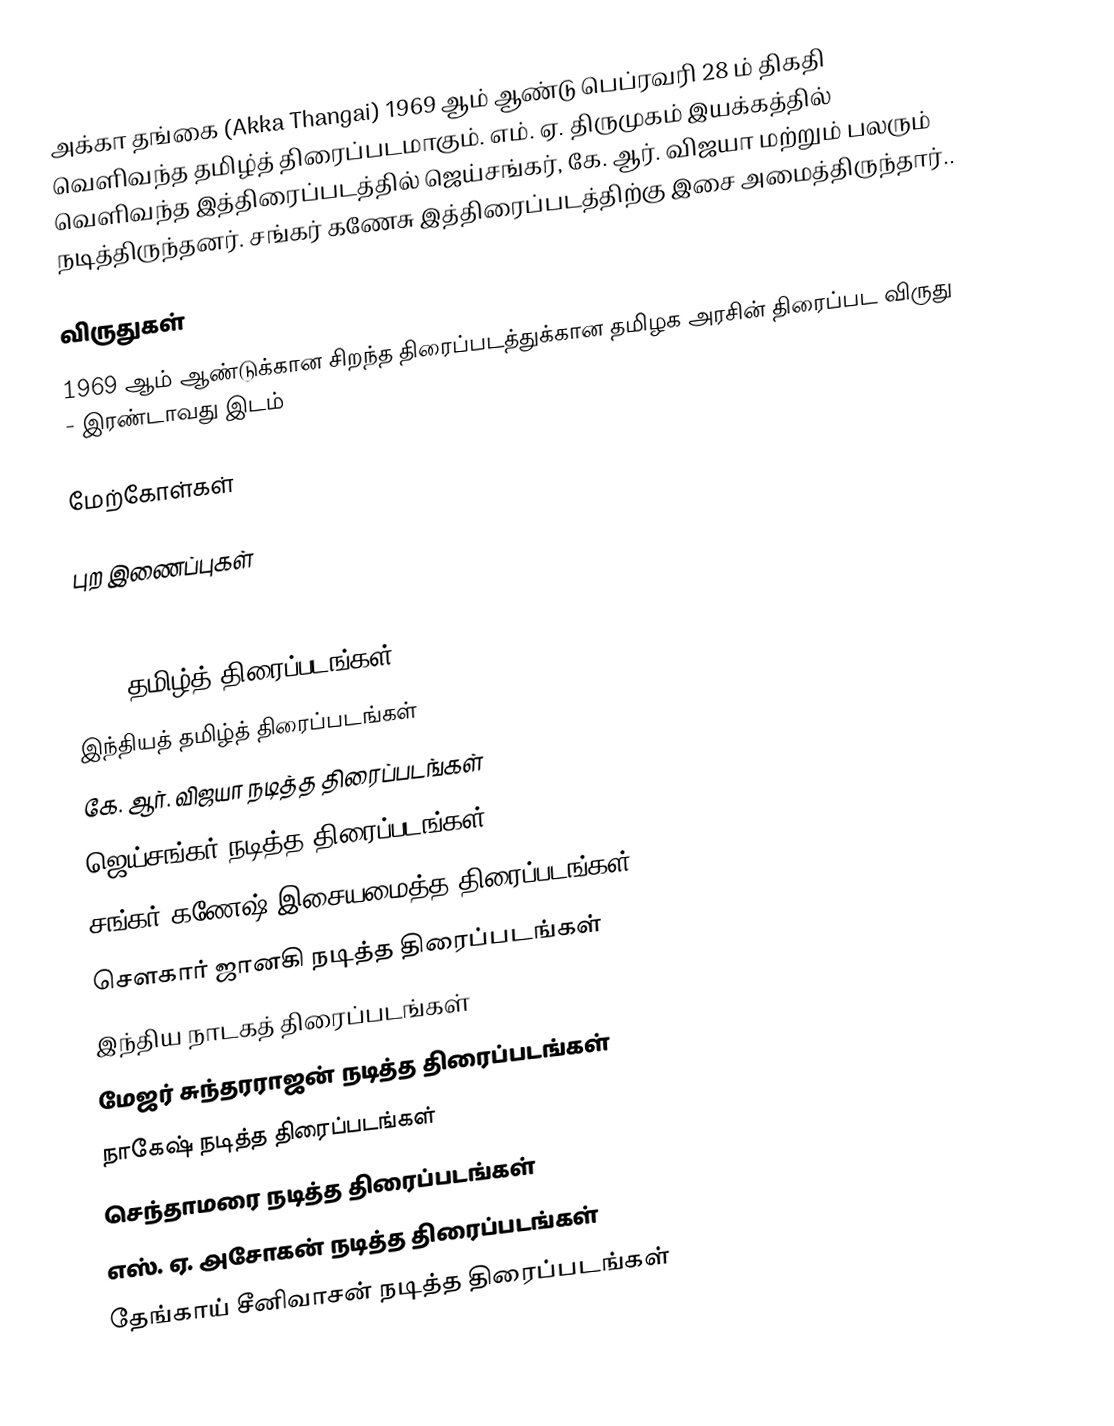
அக்கா தங்கை (Akka Thangai) 1969 ஆம் ஆண்டு பெப்ரவரி 28 ம் திகதி வெளிவந்த தமிழ்த் திரைப்படமாகும். எம். ஏ. திருமுகம் இயக்கத்தில் வெளிவந்த இத்திரைப்படத்தில் ஜெய்சங்கர், கே. ஆர். விஜயா மற்றும் பலரும் நடித்திருந்தனர். சங்கர் கணேசு இத்திரைப்படத்திற்கு இசை அமைத்திருந்தார்..

விருதுகள்
 1969 ஆம் ஆண்டுக்கான சிறந்த திரைப்படத்துக்கான தமிழக அரசின் திரைப்பட விருது  - இரண்டாவது இடம்

மேற்கோள்கள்

புற இணைப்புகள்

1969 தமிழ்த் திரைப்படங்கள்
இந்தியத் தமிழ்த் திரைப்படங்கள்
கே. ஆர். விஜயா நடித்த திரைப்படங்கள்
ஜெய்சங்கர் நடித்த திரைப்படங்கள்
சங்கர் கணேஷ் இசையமைத்த திரைப்படங்கள்
சௌகார் ஜானகி நடித்த திரைப்படங்கள்
இந்திய நாடகத் திரைப்படங்கள்
மேஜர் சுந்தரராஜன் நடித்த திரைப்படங்கள்
நாகேஷ் நடித்த திரைப்படங்கள்
செந்தாமரை நடித்த திரைப்படங்கள்
எஸ். ஏ. அசோகன் நடித்த திரைப்படங்கள்
தேங்காய் சீனிவாசன் நடித்த திரைப்படங்கள்